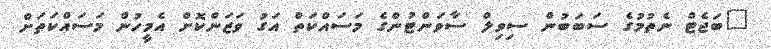
"ބަޖެޓް ނެތުމުގެ ސަބަބުން ސިވިލް ސާވަންޓުންގެ މަސައްކަތް އަގު ވަޒަންކޮށް އެމީހުން މަސައްކަތަށް